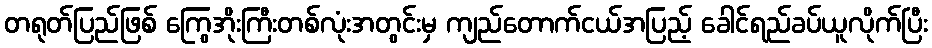
တရုတ်ပြည်ဖြစ် ကြွေအိုးကြီးတစ်လုံးအတွင်းမှ ကျည်တောက်ငယ်အပြည့် ခေါင်ရည်ခပ်ယူလိုက်ပြီး